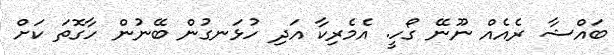
ބައްޝާ ރެއެއް ނޫނޭ ގޯހީ. އެމެރިކާ އަދި ހުޅަނގުން ބޭނުން ހާގޮތަ ކަށް